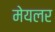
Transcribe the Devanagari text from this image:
मेयलर